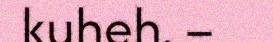
kuheh. –